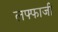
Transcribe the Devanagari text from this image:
लफ्फाजी